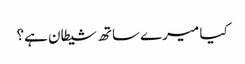
کیا میرے ساتھ شیطان ہے؟